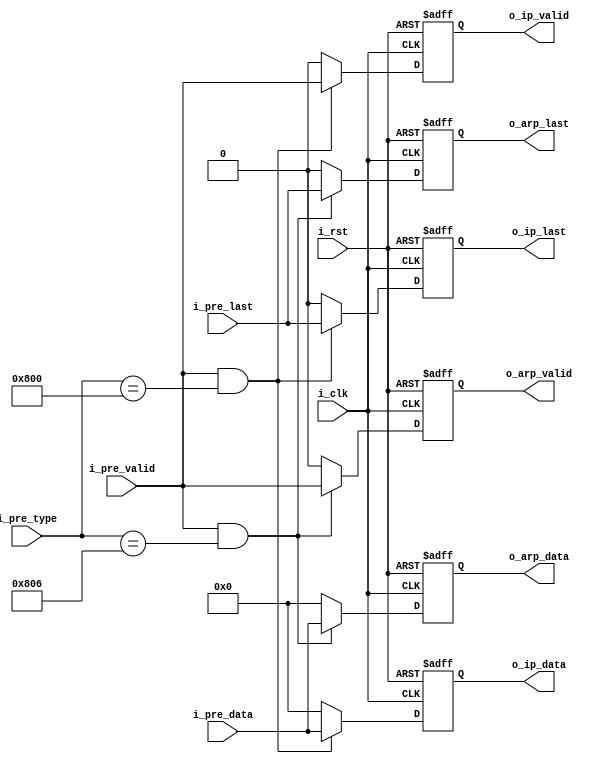
`timescale 1ns / 1ps
//////////////////////////////////////////////////////////////////////////////////
// Company: 
// Engineer: 
// 
// Design Name: 
// Module Name: MAC_IP_ARP_demux
// Project Name: 
// Target Devices: 
// Tool Versions: 
// Description: 
// 
// Dependencies: 
// 
// Revision:
// Revision 0.01 - File Created
// Additional Comments:
// 
//////////////////////////////////////////////////////////////////////////////////


module MAC_IP_ARP_demux(
    input           i_clk           ,
    input           i_rst           ,

    input  [15:0]   i_pre_type      ,
    input  [7 :0]   i_pre_data      ,
    input           i_pre_valid     ,
    input           i_pre_last      ,

    output [7 :0]   o_ip_data       ,
    output          o_ip_valid      ,
    output          o_ip_last       ,
    output [7 :0]   o_arp_data      ,
    output          o_arp_valid     ,
    output          o_arp_last      
);
/******************************function***************************/

/******************************parameter**************************/
localparam      P_TYPE_IP  = 16'h0800;
localparam      P_TYPE_ARP = 16'h0806;
/******************************port*******************************/

/******************************machine****************************/

/******************************reg********************************/
reg  [7 :0]     ro_ip_data      ;
reg             ro_ip_valid     ;
reg             ro_ip_last      ;
reg  [7 :0]     ro_arp_data     ;
reg             ro_arp_valid    ;
reg             ro_arp_last     ;
/******************************wire*******************************/

/******************************component**************************/

/******************************assign*****************************/
assign  o_ip_data   = ro_ip_data    ;
assign  o_ip_valid  = ro_ip_valid   ;
assign  o_ip_last   = ro_ip_last    ;
assign  o_arp_data  = ro_arp_data   ;
assign  o_arp_valid = ro_arp_valid  ;
assign  o_arp_last  = ro_arp_last   ;
/******************************always*****************************/
always @(posedge i_clk or posedge i_rst) begin
    if(i_rst)begin
        ro_arp_data  <= 'd0;
        ro_arp_valid <= 'd0;
        ro_arp_last  <= 'd0;        
    end
    else if(i_pre_valid && i_pre_type == P_TYPE_ARP)begin
        ro_arp_data  <= i_pre_data ;
        ro_arp_valid <= i_pre_valid;
        ro_arp_last  <= i_pre_last ;         
    end
    else begin
        ro_arp_data  <= 'd0;
        ro_arp_valid <= 'd0;
        ro_arp_last  <= 'd0;         
    end
end

always @(posedge i_clk or posedge i_rst) begin
    if(i_rst)begin
        ro_ip_data  <= 'd0;
        ro_ip_valid <= 'd0;
        ro_ip_last  <= 'd0;        
    end
    else if(i_pre_valid && i_pre_type == P_TYPE_IP)begin
        ro_ip_data  <= i_pre_data ;
        ro_ip_valid <= i_pre_valid;
        ro_ip_last  <= i_pre_last ;         
    end
    else begin
        ro_ip_data  <= 'd0;
        ro_ip_valid <= 'd0;
        ro_ip_last  <= 'd0;         
    end
end

endmodule